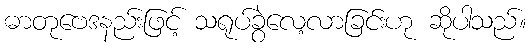
ဓာတုဗေဒနည်းဖြင့် သရုပ်ခွဲလေ့လာခြင်းဟု ဆိုပါသည်။